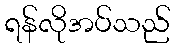
ရန်လိုအပ်သည်